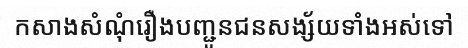
កសាងសំណុំរឿងបញ្ជូនជនសង្ស័យទាំងអស់ទៅ